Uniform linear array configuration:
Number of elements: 32
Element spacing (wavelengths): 1
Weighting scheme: hamming
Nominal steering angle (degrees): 30
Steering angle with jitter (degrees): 28.847
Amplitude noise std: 0.05
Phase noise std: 0.05

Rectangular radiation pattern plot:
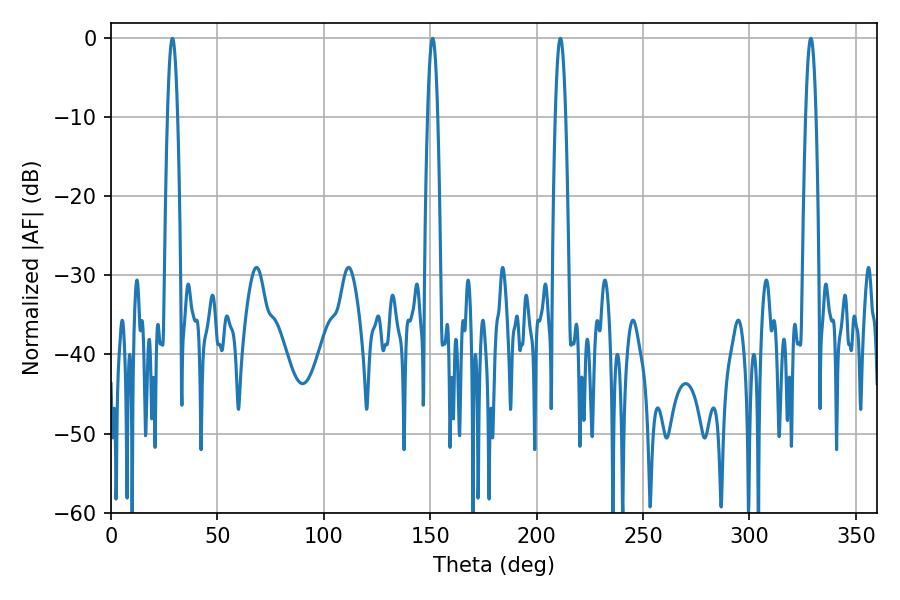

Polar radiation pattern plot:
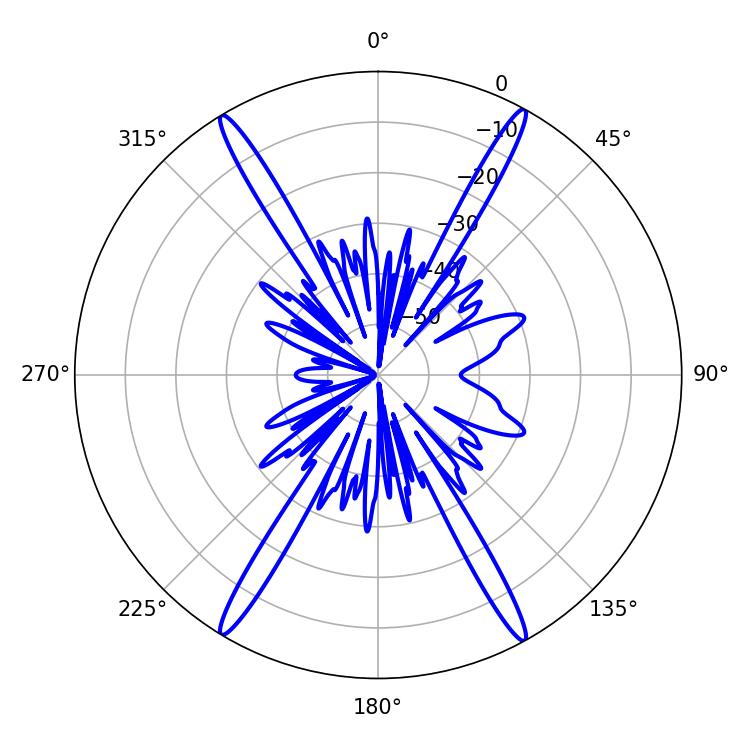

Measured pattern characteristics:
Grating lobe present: TRUE
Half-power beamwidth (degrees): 2.52
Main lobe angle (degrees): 211.14